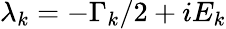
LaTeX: \lambda_{k}=-\Gamma_{k}/2+iE_{k}